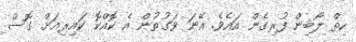
ހިތް ލޯބިން ފުރިގެން އައެވެ. އޭނަ ވަގުތުން އެ ކޮއްކޮ ކައިރިއަށް ގޮސް